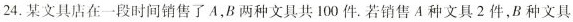
24. 某文具店在一段时间销售了 A，B 两种文具共 100 件. 若销售 A 种文具 2 件，B 种文具